Reports on dispensaries and lunatic asylums in the Province of Oudh - 1869-1876
Year: 1869
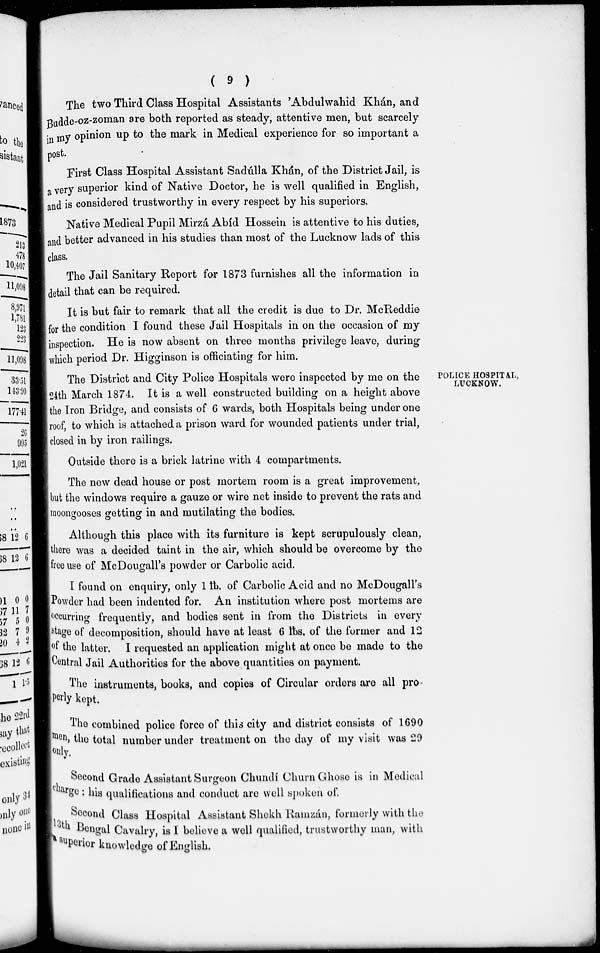
( 9 )
The two Third Class Hospital Assistants 'Abdulwahid Khán, and
Budde-oz-zoman are both reported as steady, attentive men, but scarcely
in my opinion up to the mark in Medical experience for so important a
post.
First Class Hospital Assistant Sadúlla Khán, of the District Jail, is
a very superior kind of Native Doctor, he is well qualified in English,
and is considered trustworthy in every respect by his superiors.
Native Medical Pupil Mirzá Abíd Hossein is attentive to his duties,
and better advanced in his studies than most of the Lucknow lads of this
class.
The Jail Sanitary Report for 1873 furnishes all the information in
detail that can be required.
It is but fair to remark that all the credit is due to Dr. McReddie
for the condition I found these Jail Hospitals in on the occasion of my
inspection. He is now absent on three months privilege leave, during
which period Dr. Higginson is officiating for him.
POLICE HOSPITAL,
LUCKNOW.
The District and City Police Hospitals were inspected by me on the
24th March 1874. It is a well constructed building on a height above
the Iron Bridge, and consists of 6 wards, both Hospitals being under one
roof, to which is attached a prison ward for wounded patients under trial,
closed in by iron railings.
Outside there is a brick latrine with 4 compartments.
The new dead house or post mortem room is a great improvement,
but the windows require a gauze or wire net inside to prevent the rats and
moongooses getting in and mutilating the bodies.
Although this place with its furniture is kept scrupulously clean,
there was a decided taint in the air, which should be overcome by the
free use of McDougall's powder or Carbolic acid.
I found on enquiry, only 1 lb. of Carbolic Acid and no McDougall's
Powder had been indented for. An institution where post mortems are
occurring frequently, and bodies sent in from the Districts in every
stage of decomposition, should have at least 6 lbs. of the former and 12
of the latter. I requested an application might at once be made to the
Central Jail Authorities for the above quantities on payment.
The instruments, books, and copies of Circular orders are all pro-
perty kept.
The combined police force of this city and district consists of 1690
men, the total number under treatment on the day of my visit was 29
only.
Second Grade Assistant Surgeon Chundí Churn Ghose is in Medical
charge: his qualifications and conduct are well spoken of.
Second Class Hospital Assistant Shekh Ramzán, formerly with the
13th Bengal Cavalry, is I believe a well qualified, trustworthy man, with
superior knowledge of English.